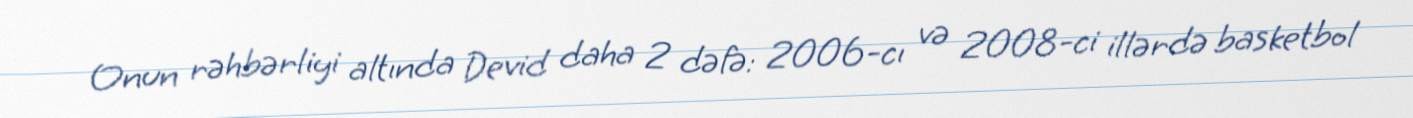
Onun rəhbərliyi altında Devid daha 2 dəfə: 2006-cı və 2008-ci illərdə basketbol